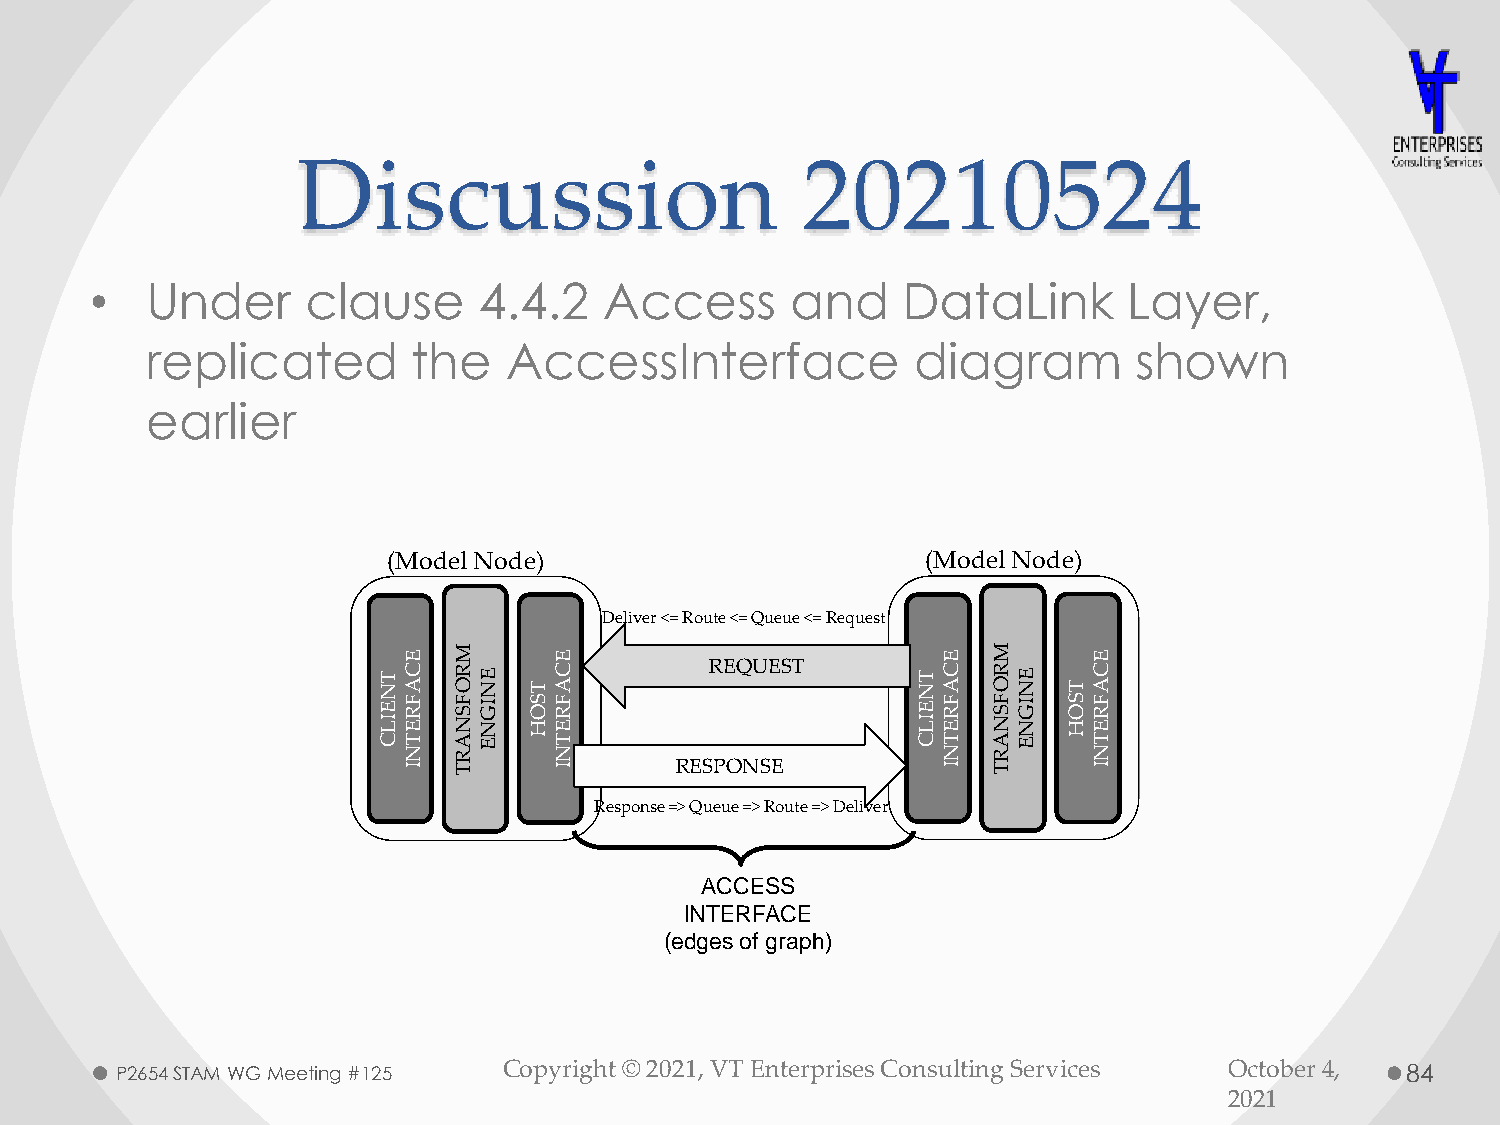
Discussion                       20210524
 •   Under     clause      4.4.2   Access      and     DataLink       Layer,
 replicated       the   AccessInterface            diagram        shown
 earlier
 E  M      E                        E   M     E
 T NC A R OE N TC A                  T NC A R OE N TC A
 EF
 R
 F SI
 G
 S OF
 R
 EF
 R
 F SI
 G
 S OF
 R
 I LE NN   HE                        I LE NN   HE
 CT N A RE   T N                     CT N A RE  T N
 I  T      I                        I   T     I
 P2654 STAM WG Meeting #125 Copyright © 2021, VT Enterprises Consulting Services October 4, 84
 2021
 ( M o d e l N o d e )
 R
 D
 e
 e liv
 s p o
 e
 n
 r < = R o u te < = Q
 R E Q U
 R E S P O N
 s e = > Q u e u e = >
 A C C EI
 N T E R F(
 e d g e s o f
 u e u e < =
 E S T
 S E
 R o u te =
 S SA
 C E
 g r a p h
 R e
 > D
 )
 q
 e
 u e
 liv
 s t
 e r
 ( M o d e l N o d e )